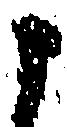
申